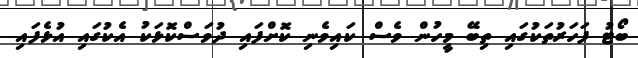
ބޯޓު ފަހަރުތަކުގައި ތިބޭ މީހުން ވެސް ކައިވެނި ކޮށްފައި ދުވަސްކޮޅަކު އެކުގައި އުޅެފައި